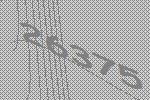
26375